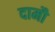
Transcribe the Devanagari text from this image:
दामौ